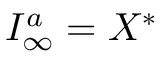
{ \cal I } _ { \infty } ^ { a } = X ^ { * }